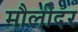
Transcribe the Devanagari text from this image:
मौलीदर